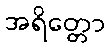
အရိတ္တော